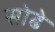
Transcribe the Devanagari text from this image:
सोढे